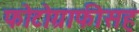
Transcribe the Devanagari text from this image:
फोटोग्राफीसह